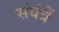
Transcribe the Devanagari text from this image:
संयंत्रें